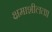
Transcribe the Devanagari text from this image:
क्षमाशीलता।